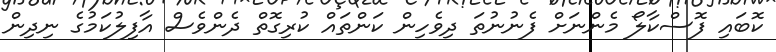
ކޮބައި ފޮސްކާލޯ މެންނަށް ފެނުނުތަ ދިވެހިން ކަންތައް ކުރިގޮތް ދެންވެސް އާފިލުކަމުގެ ނިދިން